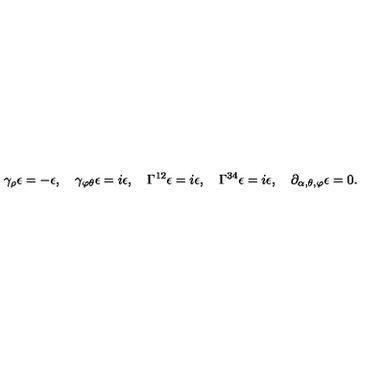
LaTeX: \gamma _ { \rho } \epsilon = - \epsilon , \quad \gamma _ { \varphi \theta } \epsilon = i \epsilon , \quad \Gamma ^ { 1 2 } \epsilon = i \epsilon , \quad \Gamma ^ { 3 4 } \epsilon = i \epsilon , \quad \partial _ { \alpha , \theta , \varphi } \epsilon = 0 .